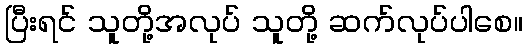
ပြီးရင် သူတို့အလုပ် သူတို့ ဆက်လုပ်ပါစေ။